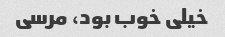
خیلی خوب بود، مرسی